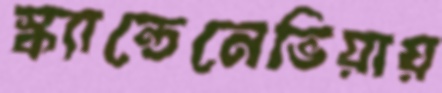
স্ক্যান্ডেনেভিয়ায়